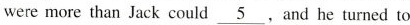
were more than Jack could \underline{5}, and he tumed to